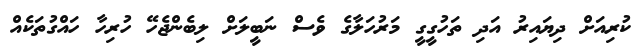
ކުރިއަށް ދިޔައިރު އަދި ތަހުގީގީ މަރުހަލާގެ ވެސް ނަބީލަށް ލިބެންޖެހޭ ހުރިހާ ހައްގުތަކެއް